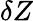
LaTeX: \delta Z